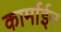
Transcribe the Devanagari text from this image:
कार्माईन